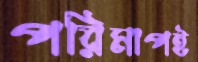
পরিমাপই